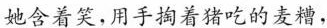
她含着笑，用手掏着猪吃的麦糟，